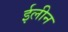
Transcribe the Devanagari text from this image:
ईलीन